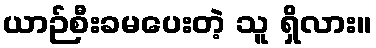
ယာဉ်စီးခမပေးတဲ့ သူ ရှိလား။